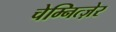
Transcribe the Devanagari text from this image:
चेम्नित्ज़ेर